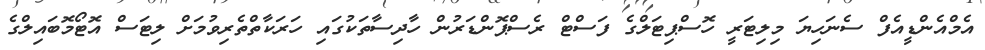
އެމްއެންޑީއެފް ސެނަހިޔަ މިލިޓަރީ ހޮސްޕިޓަލްގެ ފަސްޓް ރެސްޕޮންޑަރުން ހާދިސާތަކުގައި ހަރަކާތްތެރިވުމަށް ލިޓަސް އޮޓޯމޮބައިލްގެ